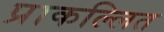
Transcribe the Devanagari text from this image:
प्राकल्लित